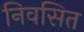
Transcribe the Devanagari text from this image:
निवसित